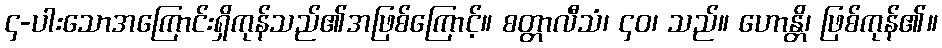
၄-ပါးသောအကြောင်းရှိကုန်သည်၏အဖြစ်ကြောင့်။ စတ္တာလီသံ၊ ၄၀၊ သည်။ ဟောန္တိ၊ ဖြစ်ကုန်၏။